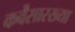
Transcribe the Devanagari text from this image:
कर्वेंसारख्या